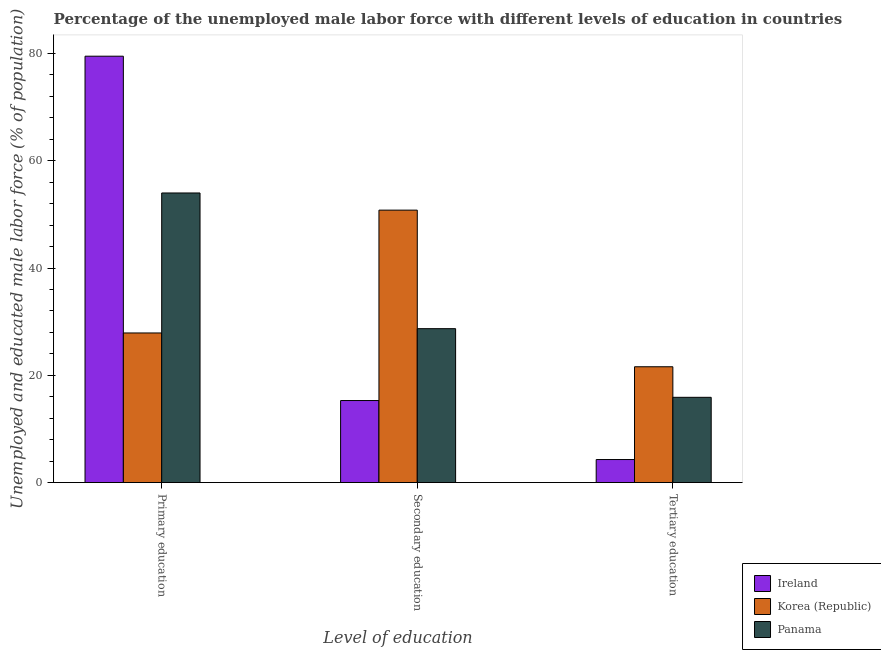
| Level of education | Ireland | Korea (Republic) | Panama |
 | --- | --- | --- | --- |
 | Primary education | 79.5 | 27.9 | 54 |
 | Secondary education | 15.3 | 50.8 | 28.7 |
 | Tertiary education | 4.3 | 21.6 | 15.9 |